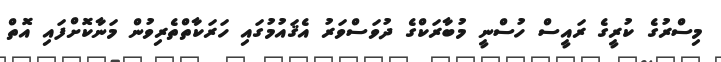
މިސްރުގެ ކުރީގެ ރައީސް ހުސްނީ މުބާރަކްގެ ދުވަސްވަރު އެޤައުމުގައި ހަރަކާތްތެރިވުން މަނާކޮށްފައި އޮތް